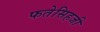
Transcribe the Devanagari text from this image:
फतेसिहजी